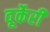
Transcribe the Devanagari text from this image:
वूर्केरी